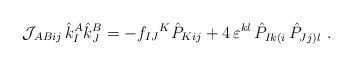
LaTeX: \begin{align*}{\cal J}_{ABij}\,\hat k^A_I \hat k^B_J=-f_{IJ}{}^K\hat P_{Kij}+4 \,\varepsilon^{kl}\,\hat P_{Ik(i} \,\hat P_{Jj)l}\ .\end{align*}